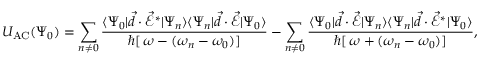
U _ { \mathrm { { A C } } } ( \Psi _ { 0 } ) = \sum _ { n \neq 0 } \frac { \langle \Psi _ { 0 } | \vec { d } \cdot \vec { \mathcal { E } } ^ { * } | \Psi _ { n } \rangle \langle \Psi _ { n } | \vec { d } \cdot \vec { \mathcal { E } } | \Psi _ { 0 } \rangle } { \hbar [ \, \omega - ( \omega _ { n } - \omega _ { 0 } ) ] } - \sum _ { n \neq 0 } \frac { \langle \Psi _ { 0 } | \vec { d } \cdot \vec { \mathcal { E } } | \Psi _ { n } \rangle \langle \Psi _ { n } | \vec { d } \cdot \vec { \mathcal { E } } ^ { * } | \Psi _ { 0 } \rangle } { \hbar [ \, \omega + ( \omega _ { n } - \omega _ { 0 } ) ] } ,